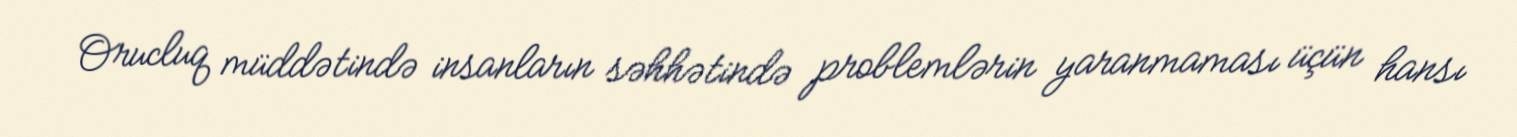
Orucluq müddətində insanların səhhətində problemlərin yaranmaması üçün hansı